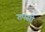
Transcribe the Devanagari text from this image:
तपसी